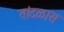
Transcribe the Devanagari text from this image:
तांदळास